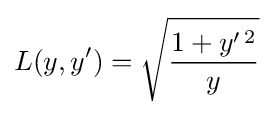
L(y,y')={\sqrt {{1+y'^{\,2}} \over y}}